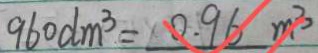
9 6 0 d m ^ { 3 } = 0 . 9 6 m ^ { 3 }